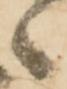
々